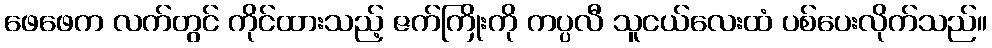
ဖေဖေက လက်တွင် ကိုင်ထားသည့် ဇက်ကြိုးကို ကပ္ပလီ သူငယ်လေးထံ ပစ်ပေးလိုက်သည်။